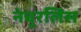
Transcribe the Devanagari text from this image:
नेचुरलिस